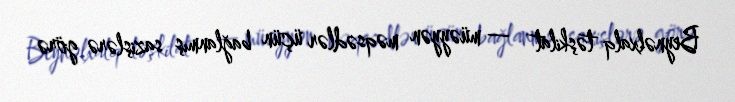
Beynəlxalq təşkilat — müəyyən məqsədlər üçün bağlanmış sazişlərə görə